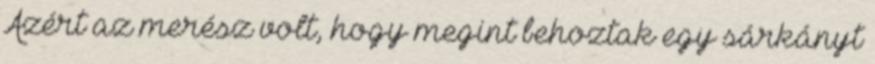
Azért az merész volt, hogy megint behoztak egy sárkányt